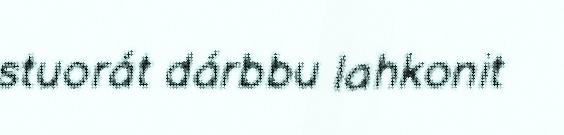
stuorát dárbbu lahkonit